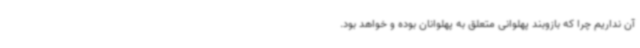
آن نداریم چرا که بازوبند پهلوانی متعلق به پهلوانان بوده و خواهد بود.